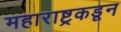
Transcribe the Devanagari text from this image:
महाराष्ट्रकडून